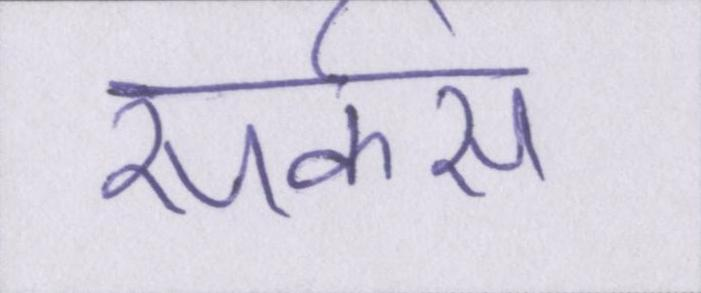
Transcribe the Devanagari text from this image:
सर्कस